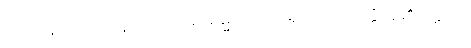
[၀၁] (နိ၊ ၂၄၀) ဟူသော။ အာရမ္မဏံ၊ အာရုံဥည်။ အတ္ထိ၊ ရှိ၏။ ဣတိ၊